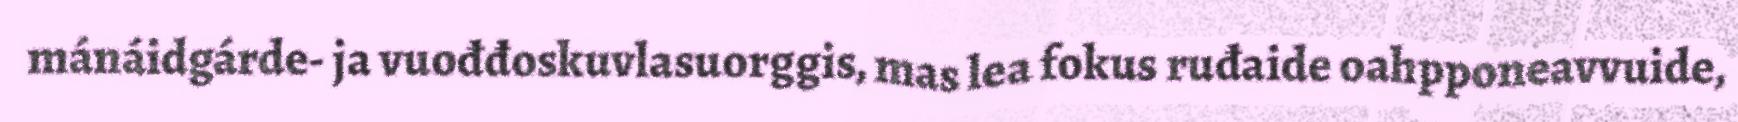
mánáidgárde- ja vuođđoskuvlasuorggis, mas lea fokus ruđaide oahpponeavvuide,